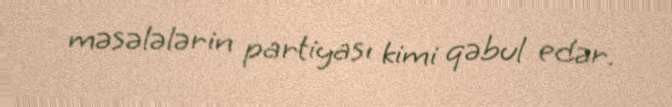
məsələlərin partiyası kimi qəbul edər.